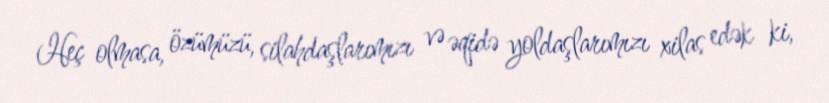
Heç olmasa, özümüzü, silahdaşlarımızı və əqidə yoldaşlarımızı xilas edək ki,